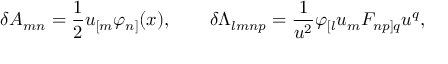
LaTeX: \delta A _ { m n } = { \frac { 1 } { 2 } } u _ { [ m } \varphi _ { n ] } ( x ) , \qquad \delta \Lambda _ { l m n p } = { \frac { 1 } { u ^ { 2 } } } \varphi _ { [ l } u _ { m } { \cal F } _ { n p ] q } u ^ { q } ,